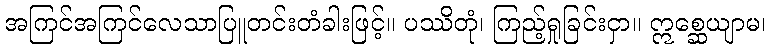
အကြင်အကြင်လေသာပြူတင်းတံခါးဖြင့်။ ပဿိတုံ၊ ကြည့်ရှုခြင်းငှာ။ ဣစ္ဆေယျာမ၊